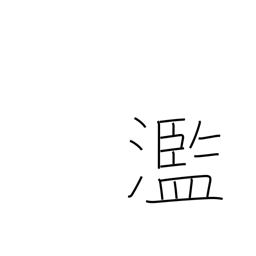
Meaning: excessive